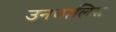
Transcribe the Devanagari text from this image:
उनचालिस